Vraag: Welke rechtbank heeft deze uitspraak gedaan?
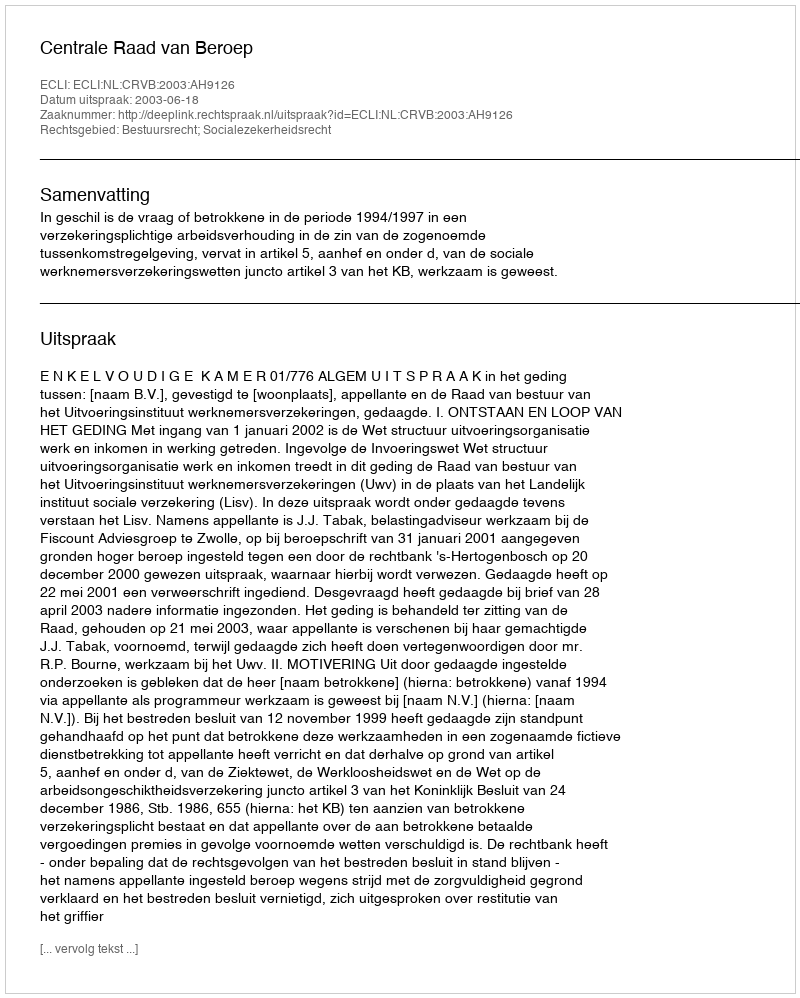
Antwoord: Centrale Raad van Beroep